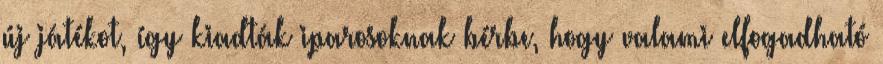
új játékot, így kiadták iparosoknak bérbe, hogy valami elfogadható